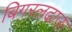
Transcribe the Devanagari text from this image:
बिगरलढाऊ